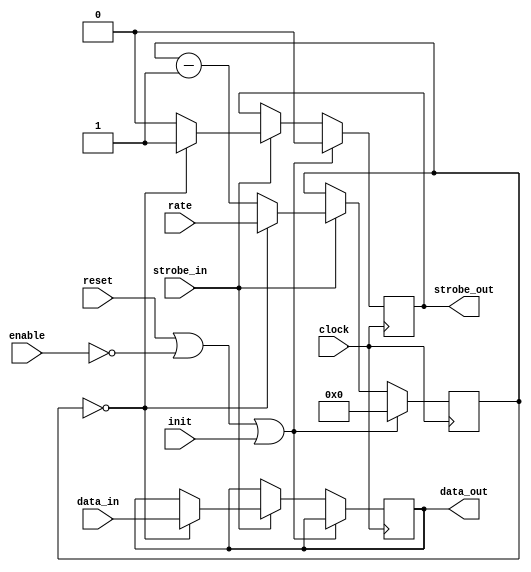
// -*- verilog -*-
//
//  USRP - Universal Software Radio Peripheral
//
//  Copyright (C) 2003 Matt Ettus
//  Copyright (C) 2010 John Brzustowski
//
//  This program is free software; you can redistribute it and/or modify
//  it under the terms of the GNU General Public License as published by
//  the Free Software Foundation; either version 2 of the License, or
//  (at your option) any later version.
//
//  This program is distributed in the hope that it will be useful,
//  but WITHOUT ANY WARRANTY; without even the implied warranty of
//  MERCHANTABILITY or FITNESS FOR A PARTICULAR PURPOSE.  See the
//  GNU General Public License for more details.
//
//  You should have received a copy of the GNU General Public License
//  along with this program; if not, write to the Free Software
//  Foundation, Inc., 51 Franklin Street, Boston, MA  02110-1301  USA
//

// timing:
//
// if rate == 0
//                   ________          ________          ________          ________          __
// clock:        ___/        \________/        \________/        \________/        \________/  
//                   __________________________________________________________________________
// enable:       ___/                                                                   
//                                    _________________________________________________________
// strobe_out:   ____________________/                                                                   


// if rate == 1  
//                   ________          ________          ________          ________          __
// clock:        ___/        \________/        \________/        \________/        \________/  
//                   __________________________________________________________________________
// enable:       ___/                                                                   
//                                    _________________                   _________________
// strobe_out:   ____________________/                 \_________________/                 \___
//
//
// ... and so on.

// i.e. there is a 1 clock delay between enable and the first assertion of strobe_out 
// then a <rate> clock delay between subsequent assertions of strobe_out

module decim
  (clock,reset,enable,init,data_in,strobe_in,rate,data_out,strobe_out);

   parameter data_width = 16;
   parameter rate_width = 16;
   
   input clock;
   input reset;
   input enable;
   input init;
   input [data_width-1:0] data_in;
   input 		  strobe_in;
   input [rate_width-1:0] rate;

   output reg [data_width-1:0] data_out;
   output reg 		       strobe_out;
      
   reg [rate_width-1:0]   count;
   
   always @(posedge clock)
     if(reset | ~enable | init)
       begin
	  count <= #1 0;
	  strobe_out <= #1 0;
       end
     else if (strobe_in)
       begin
	  if (count == 0)
	    begin
	       count <= #1 rate;
	       strobe_out <= #1 1;
	       data_out <= #1 data_in;
	    end
	  else
	    begin
	       count <= #1 count - 1'b1;
	       strobe_out <= #1 0;
	    end
       end
   
endmodule // simple_decim